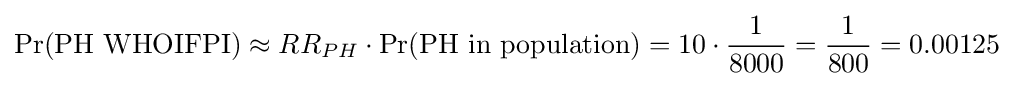
\Pr({\text{PH WHOIFPI}})\approx RR_{PH}\cdot \Pr({\text{PH in population}})=10\cdot {\frac {1}{8000}}={\frac {1}{800}}=0.00125